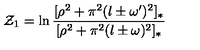
{ \cal Z } _ { 1 } = \ln \frac { [ \rho ^ { 2 } + \pi ^ { 2 } ( l \pm \omega ^ { \prime } ) ^ { 2 } ] _ { * } } { [ \rho ^ { 2 } + \pi ^ { 2 } ( l \pm \omega ) ^ { 2 } ] _ { * } }